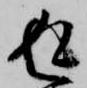
返